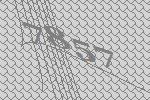
7857